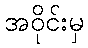
အဝိုင်းမှ